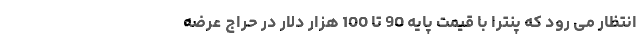
انتظار می رود که پنترا با قیمت پایه 90 تا 100 هزار دلار در حراج عرضه